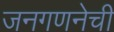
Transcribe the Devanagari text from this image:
जनगणनेची